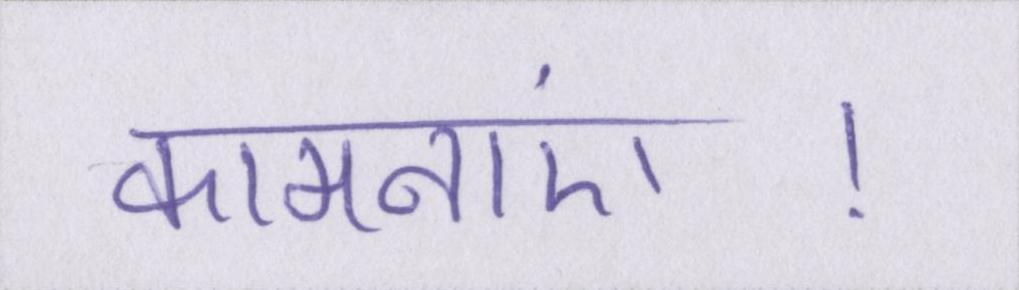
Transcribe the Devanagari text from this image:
कामनाएं।